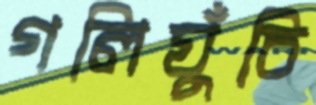
গলিঘুঁচি